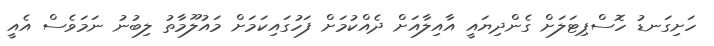
ހަށިގަނޑު ހޮސްޕިޓަލަށް ގެންދިޔައީ އާއިލާއަށް ދެއްކުމަށް ފަހުގައިކަމަށް މައުލޫމާތު ލިބުނު ނަމަވެސް އެއީ